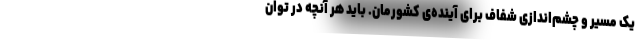
یک مسیر و چشم‌اندازی شفاف برای آینده‌ی کشورمان. باید هر آنچه در توان